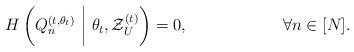
LaTeX: \begin{align*} H\left(Q_n^{(t,\theta_t)}~\bigg|~ \theta_t, \mathcal{Z}_U^{(t)}\right) & =0, & \forall n\in[N].\end{align*}